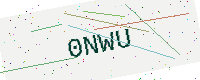
Text: 0NWU